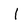
Character: I